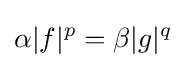
\alpha |f|^{p}=\beta |g|^{q}